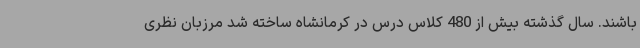
باشند. سال گذشته بیش از 480 کلاس درس در کرمانشاه ساخته شد مرزبان نظری